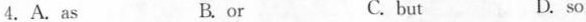
4.A.As B.or C.but D.so